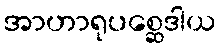
အာဟာရုပစ္ဆေဒါယ